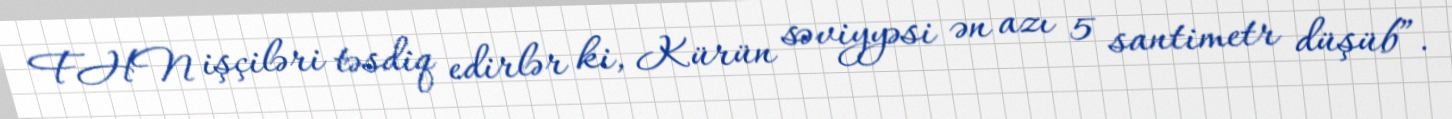
FHN işçiləri təsdiq edirlər ki, Kürün səviyyəsi ən azı 5 santimetr düşüb”.